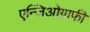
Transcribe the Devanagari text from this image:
एन्जिओग्राफी